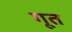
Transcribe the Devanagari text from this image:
गूत